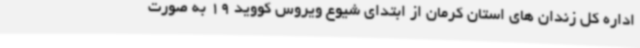
اداره کل زندان های استان کرمان از ابتدای شیوع ویروس کووید 19 به صورت